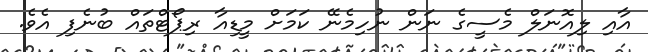
އާއި ލިއޮނަލް މެސީގެ ނަން ނުހިމެނޭ ކަމަށް މީޑިއާ ރިޕޯޓްތައް ބުނެފި އެވެ.